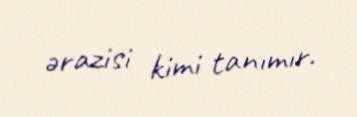
ərazisi kimi tanımır.